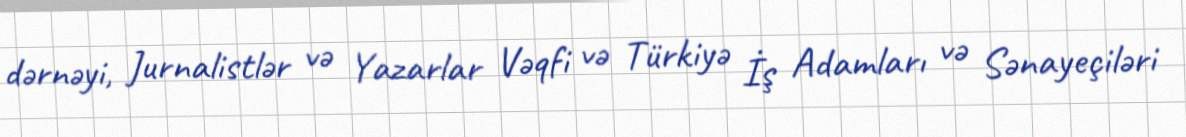
dərnəyi, Jurnalistlər və Yazarlar Vəqfi və Türkiyə İş Adamları və Sənayeçiləri